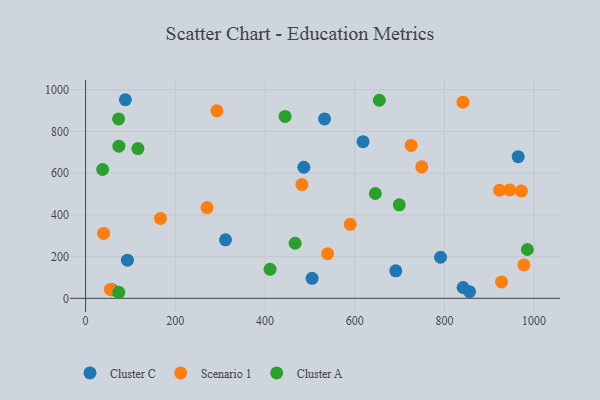
{"axis": {"x": "Study Hours", "y": "Fuel Efficiency"}, "legend": ["Cluster A", "Cluster C", "Scenario 1"], "data": [{"x": "88.7", "y": 952.3, "type": "Cluster C"}, {"x": "856.0", "y": 31.7, "type": "Cluster C"}, {"x": "93.3", "y": 182.8, "type": "Cluster C"}, {"x": "312.0", "y": 280.3, "type": "Cluster C"}, {"x": "505.0", "y": 95.9, "type": "Cluster C"}, {"x": "841.7", "y": 51.8, "type": "Cluster C"}, {"x": "486.6", "y": 628.5, "type": "Cluster C"}, {"x": "791.4", "y": 197.0, "type": "Cluster C"}, {"x": "691.7", "y": 131.9, "type": "Cluster C"}, {"x": "532.8", "y": 860.3, "type": "Cluster C"}, {"x": "59.0", "y": 40.6, "type": "Cluster C"}, {"x": "618.6", "y": 751.3, "type": "Cluster C"}, {"x": "964.5", "y": 679.0, "type": "Cluster C"}, {"x": "923.0", "y": 518.2, "type": "Scenario 1"}, {"x": "539.6", "y": 214.1, "type": "Scenario 1"}, {"x": "166.9", "y": 383.1, "type": "Scenario 1"}, {"x": "482.3", "y": 545.3, "type": "Scenario 1"}, {"x": "749.6", "y": 630.5, "type": "Scenario 1"}, {"x": "292.8", "y": 899.2, "type": "Scenario 1"}, {"x": "725.9", "y": 733.1, "type": "Scenario 1"}, {"x": "945.8", "y": 520.0, "type": "Scenario 1"}, {"x": "841.5", "y": 940.7, "type": "Scenario 1"}, {"x": "971.8", "y": 514.1, "type": "Scenario 1"}, {"x": "40.3", "y": 311.2, "type": "Scenario 1"}, {"x": "270.8", "y": 435.2, "type": "Scenario 1"}, {"x": "927.3", "y": 78.6, "type": "Scenario 1"}, {"x": "590.1", "y": 354.6, "type": "Scenario 1"}, {"x": "977.3", "y": 160.0, "type": "Scenario 1"}, {"x": "55.2", "y": 42.6, "type": "Scenario 1"}, {"x": "38.0", "y": 617.7, "type": "Cluster A"}, {"x": "74.2", "y": 729.5, "type": "Cluster A"}, {"x": "74.1", "y": 29.0, "type": "Cluster A"}, {"x": "411.4", "y": 139.3, "type": "Cluster A"}, {"x": "444.8", "y": 872.3, "type": "Cluster A"}, {"x": "654.9", "y": 949.9, "type": "Cluster A"}, {"x": "467.2", "y": 264.2, "type": "Cluster A"}, {"x": "73.6", "y": 860.2, "type": "Cluster A"}, {"x": "699.4", "y": 448.2, "type": "Cluster A"}, {"x": "646.0", "y": 502.7, "type": "Cluster A"}, {"x": "985.0", "y": 234.2, "type": "Cluster A"}, {"x": "116.7", "y": 718.1, "type": "Cluster A"}]}